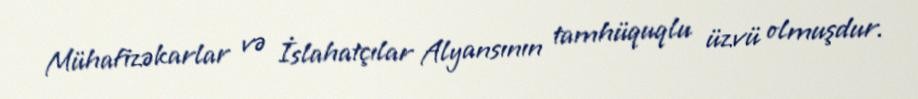
Mühafizəkarlar və İslahatçılar Alyansının tamhüquqlu üzvü olmuşdur.